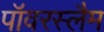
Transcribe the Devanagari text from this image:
पॉवरस्लैम